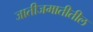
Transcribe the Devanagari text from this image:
जातीजमातीतील